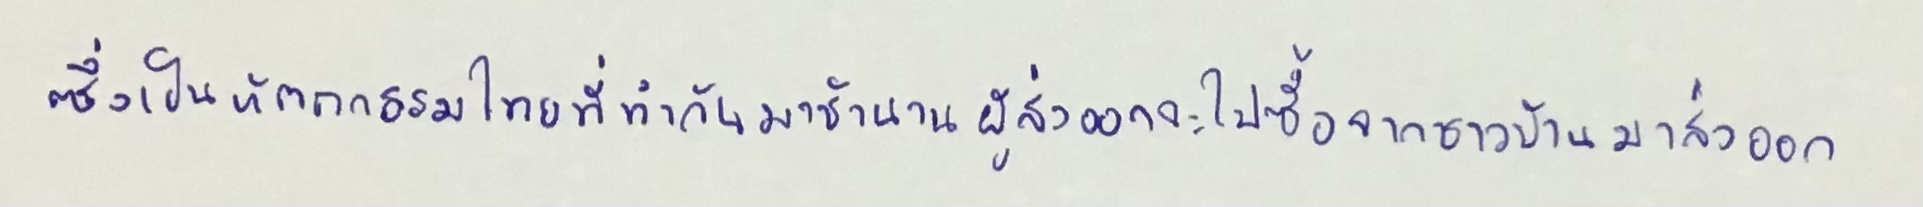
ซึ่งเป็นหัตถกรรมไทยที่ทำกันมาช้านานผู้ส่งออกจะไปซื้อจากชาวบ้านมาส่งออก